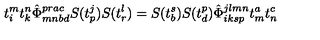
t _ { i } ^ { m } t _ { k } ^ { n } \hat { \Phi } _ { m n b d } ^ { p r a c } S ( t _ { p } ^ { j } ) S ( t _ { r } ^ { l } ) = S ( t _ { b } ^ { s } ) S ( t _ { d } ^ { p } ) \hat { \Phi } _ { i k s p } ^ { j l m n } t _ { m } ^ { a } t _ { n } ^ { c }